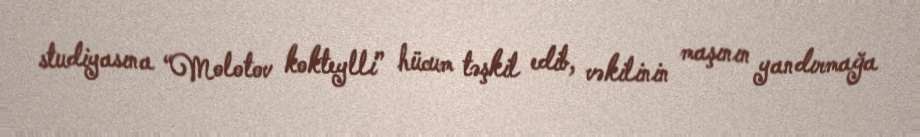
studiyasına “Molotov kokteylli” hücum təşkil edib, vəkilinin maşının yandırmağa